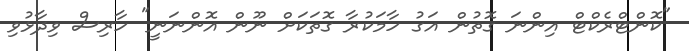
"ކޮންޓްރެކްޓް އިންނަ ގޮތުން އަގު ހާމަކުރާ ގޮތަކަށް ނޫން އޮންނަނީ" ހާރިސް ވިދާޅުވި